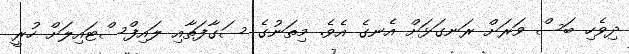
ދިވެހި ބަސް ވަރަށް ރަނގަޅަށް އެނގެ އެވެ. މިތަނުގެ ސަގާފަތާއި ލައިފްސްޓައިލަށް ހުރީ